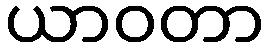
ယာဝတာ